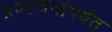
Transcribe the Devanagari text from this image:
प्रजाजनांपर्यंत